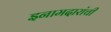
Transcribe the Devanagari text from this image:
इनामदारांची